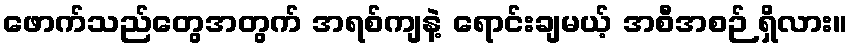
ဖောက်သည်တွေအတွက် အရစ်ကျနဲ့ ရောင်းချမယ့် အစီအစဉ် ရှိလား။